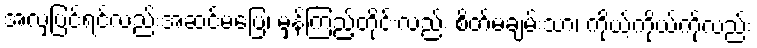
အလှပြင်ရင်လည်းအဆင်မပြေ၊ မှန်ကြည့်တိုင်းလည်း စိတ်မချမ်းသာ၊ ကိုယ့်ကိုယ်ကိုလည်း